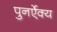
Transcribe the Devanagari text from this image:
पुनर्ऐक्य